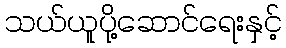
သယ်ယူပို့ဆောင်ရေးနှင့်